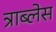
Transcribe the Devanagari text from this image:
त्राब्लेस